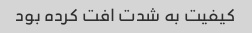
کیفیت به شدت افت کرده بود